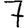
Digit: 7